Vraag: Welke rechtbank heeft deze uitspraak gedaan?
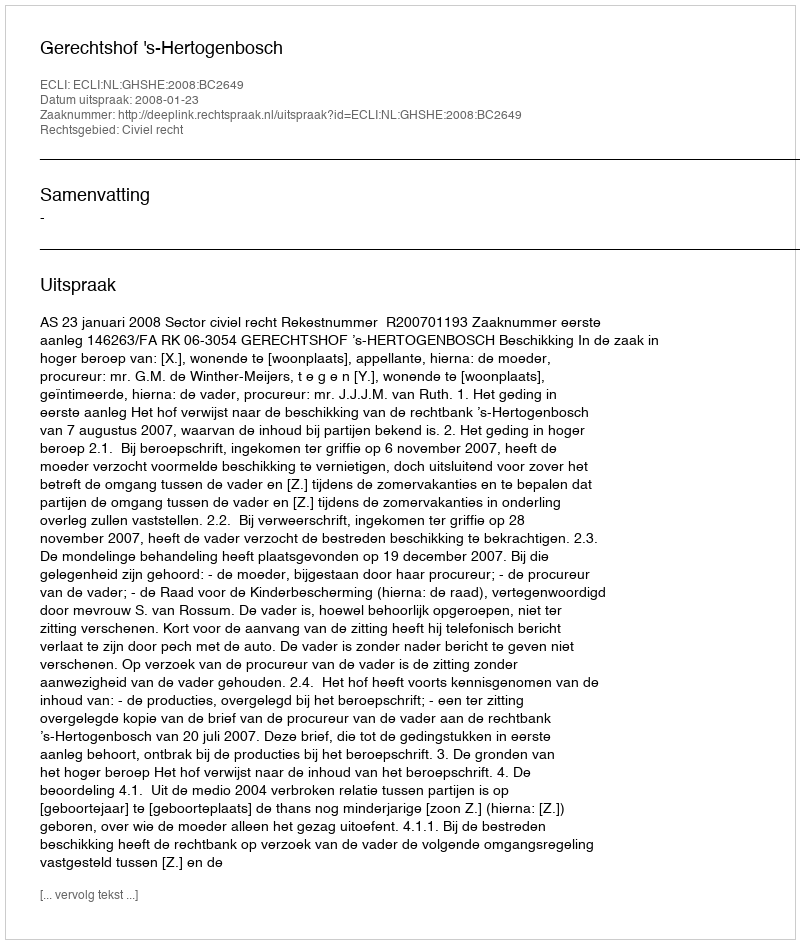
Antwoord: Gerechtshof 's-Hertogenbosch